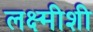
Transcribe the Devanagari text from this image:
लक्ष्मीशी